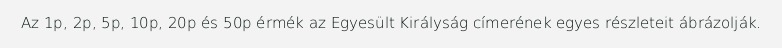
Az 1p, 2p, 5p, 10p, 20p és 50p érmék az Egyesült Királyság címerének egyes részleteit ábrázolják.